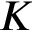
K